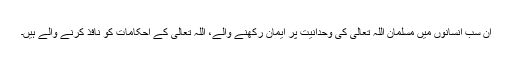
ان سب انسانوں میں مسلمان اللہ تعالیٰ کی وحدانیت پر ایمان رکھنے والے، اللہ تعالیٰ کے احکامات کو نافذ کرنے والے ہیں۔